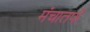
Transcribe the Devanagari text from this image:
मंचातर्फे